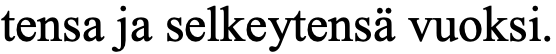
tensa ja selkeytensä vuoksi.